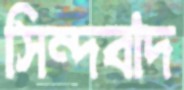
সিন্দবাদ